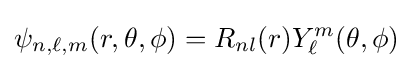
\psi _{n,\ell ,m}(r,\theta ,\phi )=R_{nl}(r)Y_{\ell }^{m}(\theta ,\phi )